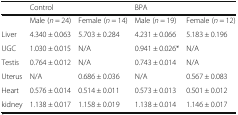
<table><thead><tr><td></td><td colspan="2"><b>Control</b></td><td colspan="2"><b>BPA</b></td></tr></thead><tbody><tr><td></td><td>Male (<i>n</i> = 24)</td><td>Female (<i>n</i> = 14)</td><td>Male (<i>n</i> = 19)</td><td>Female (<i>n</i> = 12)</td></tr><tr><td>Liver</td><td>4.340 ± 0.063</td><td>5.703 ± 0.284</td><td>4.231 ± 0.066</td><td>5.183 ± 0.196</td></tr><tr><td>UGC</td><td>1.030 ± 0.015</td><td>N/A</td><td>0.941 ± 0.026*</td><td>N/A</td></tr><tr><td>Testis</td><td>0.764 ± 0.012</td><td>N/A</td><td>0.743 ± 0.014</td><td>N/A</td></tr><tr><td>Uterus</td><td>N/A</td><td>0.686 ± 0.036</td><td>N/A</td><td>0.567 ± 0.083</td></tr><tr><td>Heart</td><td>0.576 ± 0.014</td><td>0.514 ± 0.011</td><td>0.573 ± 0.013</td><td>0.501 ± 0.012</td></tr><tr><td>kidney</td><td>1.138 ± 0.017</td><td>1.158 ± 0.019</td><td>1.138 ± 0.014</td><td>1.146 ± 0.017</td></tr></tbody></table>